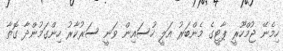
ހިމެނޭ ޖުމްހޫރީ ޕާޓީގެ މެންބަރު އަލީ ހުސައިން ވަނީ ސަރުކާރު ހިންގަމުންދާ ގޮތާ